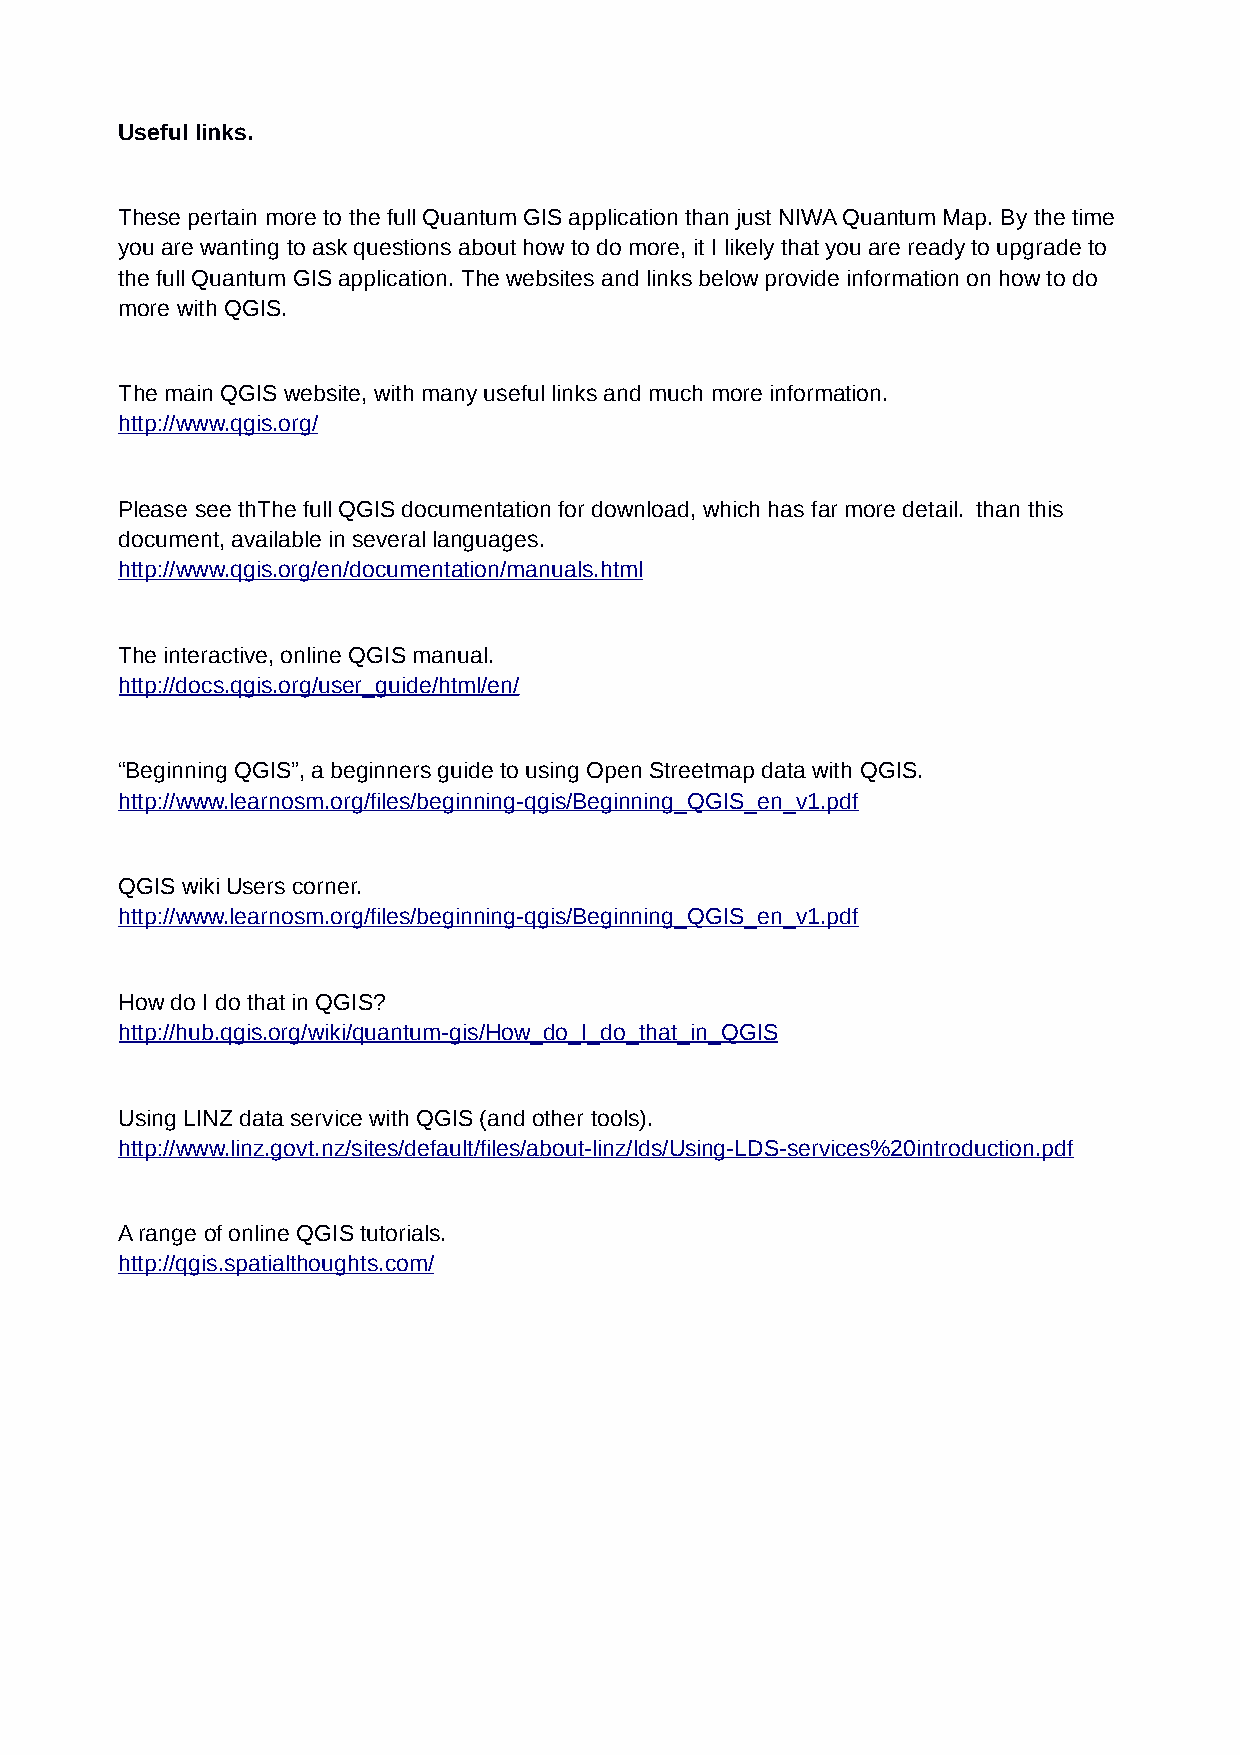
Useful links.
 These pertain more to the full Quantum GIS application than just NIWA Quantum Map. By the time
 you are wanting to ask questions about how to do more, it I likely that you are ready to upgrade to
 the full Quantum GIS application. The websites and links below provide information on how to do
 more with QGIS.
 The main QGIS website, with many useful links and much more information.
 http://www.qgis.org/
 Please see thThe full QGIS documentation for download, which has far more detail. than this
 document, available in several languages.
 http://www.qgis.org/en/documentation/manuals.html
 The interactive, online QGIS manual.
 http://docs.qgis.org/user_guide/html/en/
 “Beginning QGIS”, a beginners guide to using Open Streetmap data with QGIS.
 http://www.learnosm.org/files/beginning-qgis/Beginning_QGIS_en_v1.pdf
 QGIS wiki Users corner.
 http://www.learnosm.org/files/beginning-qgis/Beginning_QGIS_en_v1.pdf
 How do I do that in QGIS?
 http://hub.qgis.org/wiki/quantum-gis/How_do_I_do_that_in_QGIS
 Using LINZ data service with QGIS (and other tools).
 http://www.linz.govt.nz/sites/default/files/about-linz/lds/Using-LDS-services%20introduction.pdf
 A range of online QGIS tutorials.
 http://qgis.spatialthoughts.com/